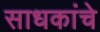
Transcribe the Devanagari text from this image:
साधकांचे